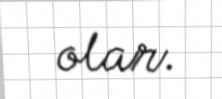
olar.